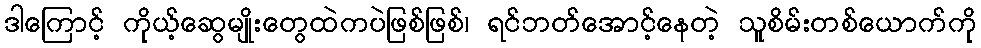
ဒါကြောင့် ကိုယ့်ဆွေမျိုးတွေထဲကပဲဖြစ်ဖြစ်၊ ရင်ဘတ်အောင့်နေတဲ့ သူစိမ်းတစ်ယောက်ကို